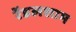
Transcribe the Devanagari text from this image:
रेंडलशाम